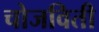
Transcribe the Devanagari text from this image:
चोजविती